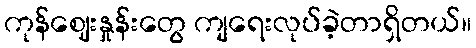
ကုန်ဈေးနှုန်းတွေ ကျရေးလုပ်ခဲ့တာရှိတယ်။